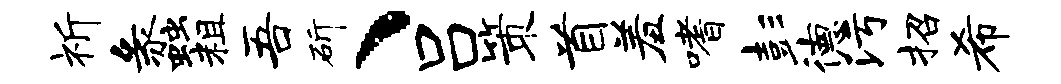
祈蠡粗吾斫、吕策首羞嗜彭德污招希